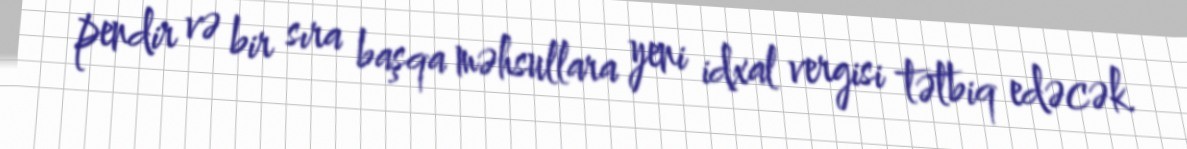
pendir və bir sıra başqa məhsullara yeni idxal vergisi tətbiq edəcək.